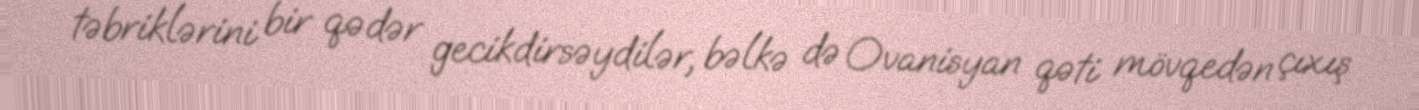
təbriklərini bir qədər gecikdirsəydilər, bəlkə də Ovanisyan qəti mövqedən çıxış